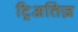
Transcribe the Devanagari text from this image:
ट्रिअतिज़